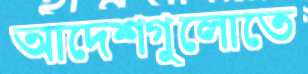
আদেশগুলোতে